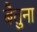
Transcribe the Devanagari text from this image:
बैतुना